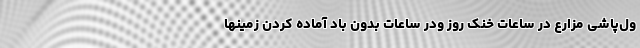
ول­پاشی مزارع در ساعات خنک روز ودر ساعات بدون باد آماده کردن زمینها